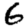
Digit: 6